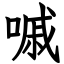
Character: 嘁